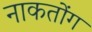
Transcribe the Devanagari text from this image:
नाकतोंग